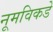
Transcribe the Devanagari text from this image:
नूमविकडे